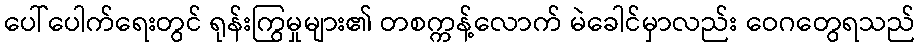
ပေါ်ပေါက်ရေးတွင် ရုန်းကြွမှုများ၏ တစက္ကန့်လောက် မဲခေါင်မှာလည်း ဝေဂတွေရသည်